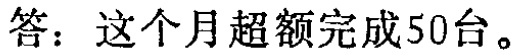
答：这个月超额完成50台。